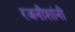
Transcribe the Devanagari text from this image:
रजनीशांनी